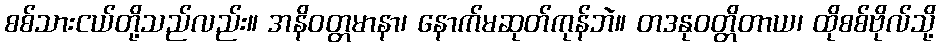
စစ်သားငယ်တို့သည်လည်း။ အနိဝတ္တမာနာ၊ နောက်မဆုတ်ကုန်ဘဲ။ တဒနုဝတ္တိတာယ၊ ထိုစစ်ဗိုလ်သို့